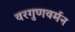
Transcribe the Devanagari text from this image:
वरगुणवर्मन